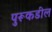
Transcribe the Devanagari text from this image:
पुरूकडील